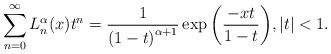
LaTeX: \begin{align*}\sum_{n=0}^\infty L_n^\alpha(x) t^n = \frac{1}{{(1-t)}^{\alpha+1}} \exp{\left( \frac {-xt}{1-t} \right ) },|t|<1 .\end{align*}